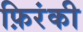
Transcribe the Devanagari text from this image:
फ़िरंकी